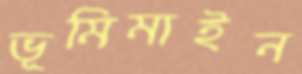
ভূমিমাইন